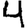
Digit: 4